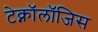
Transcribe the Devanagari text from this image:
टेक्नॉलॉजिस